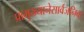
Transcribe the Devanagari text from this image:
प्रामुख्यानेसार्वजनिक